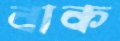
বাক